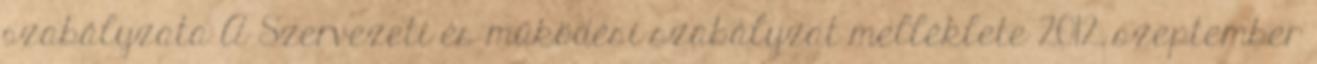
szabályzata A Szervezeti és működési szabályzat melléklete 2012. szeptember